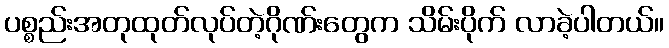
ပစ္စည်းအတုထုတ်လုပ်တဲ့ဂိုဏ်းတွေက သိမ်းပိုက် လာခဲ့ပါတယ်။